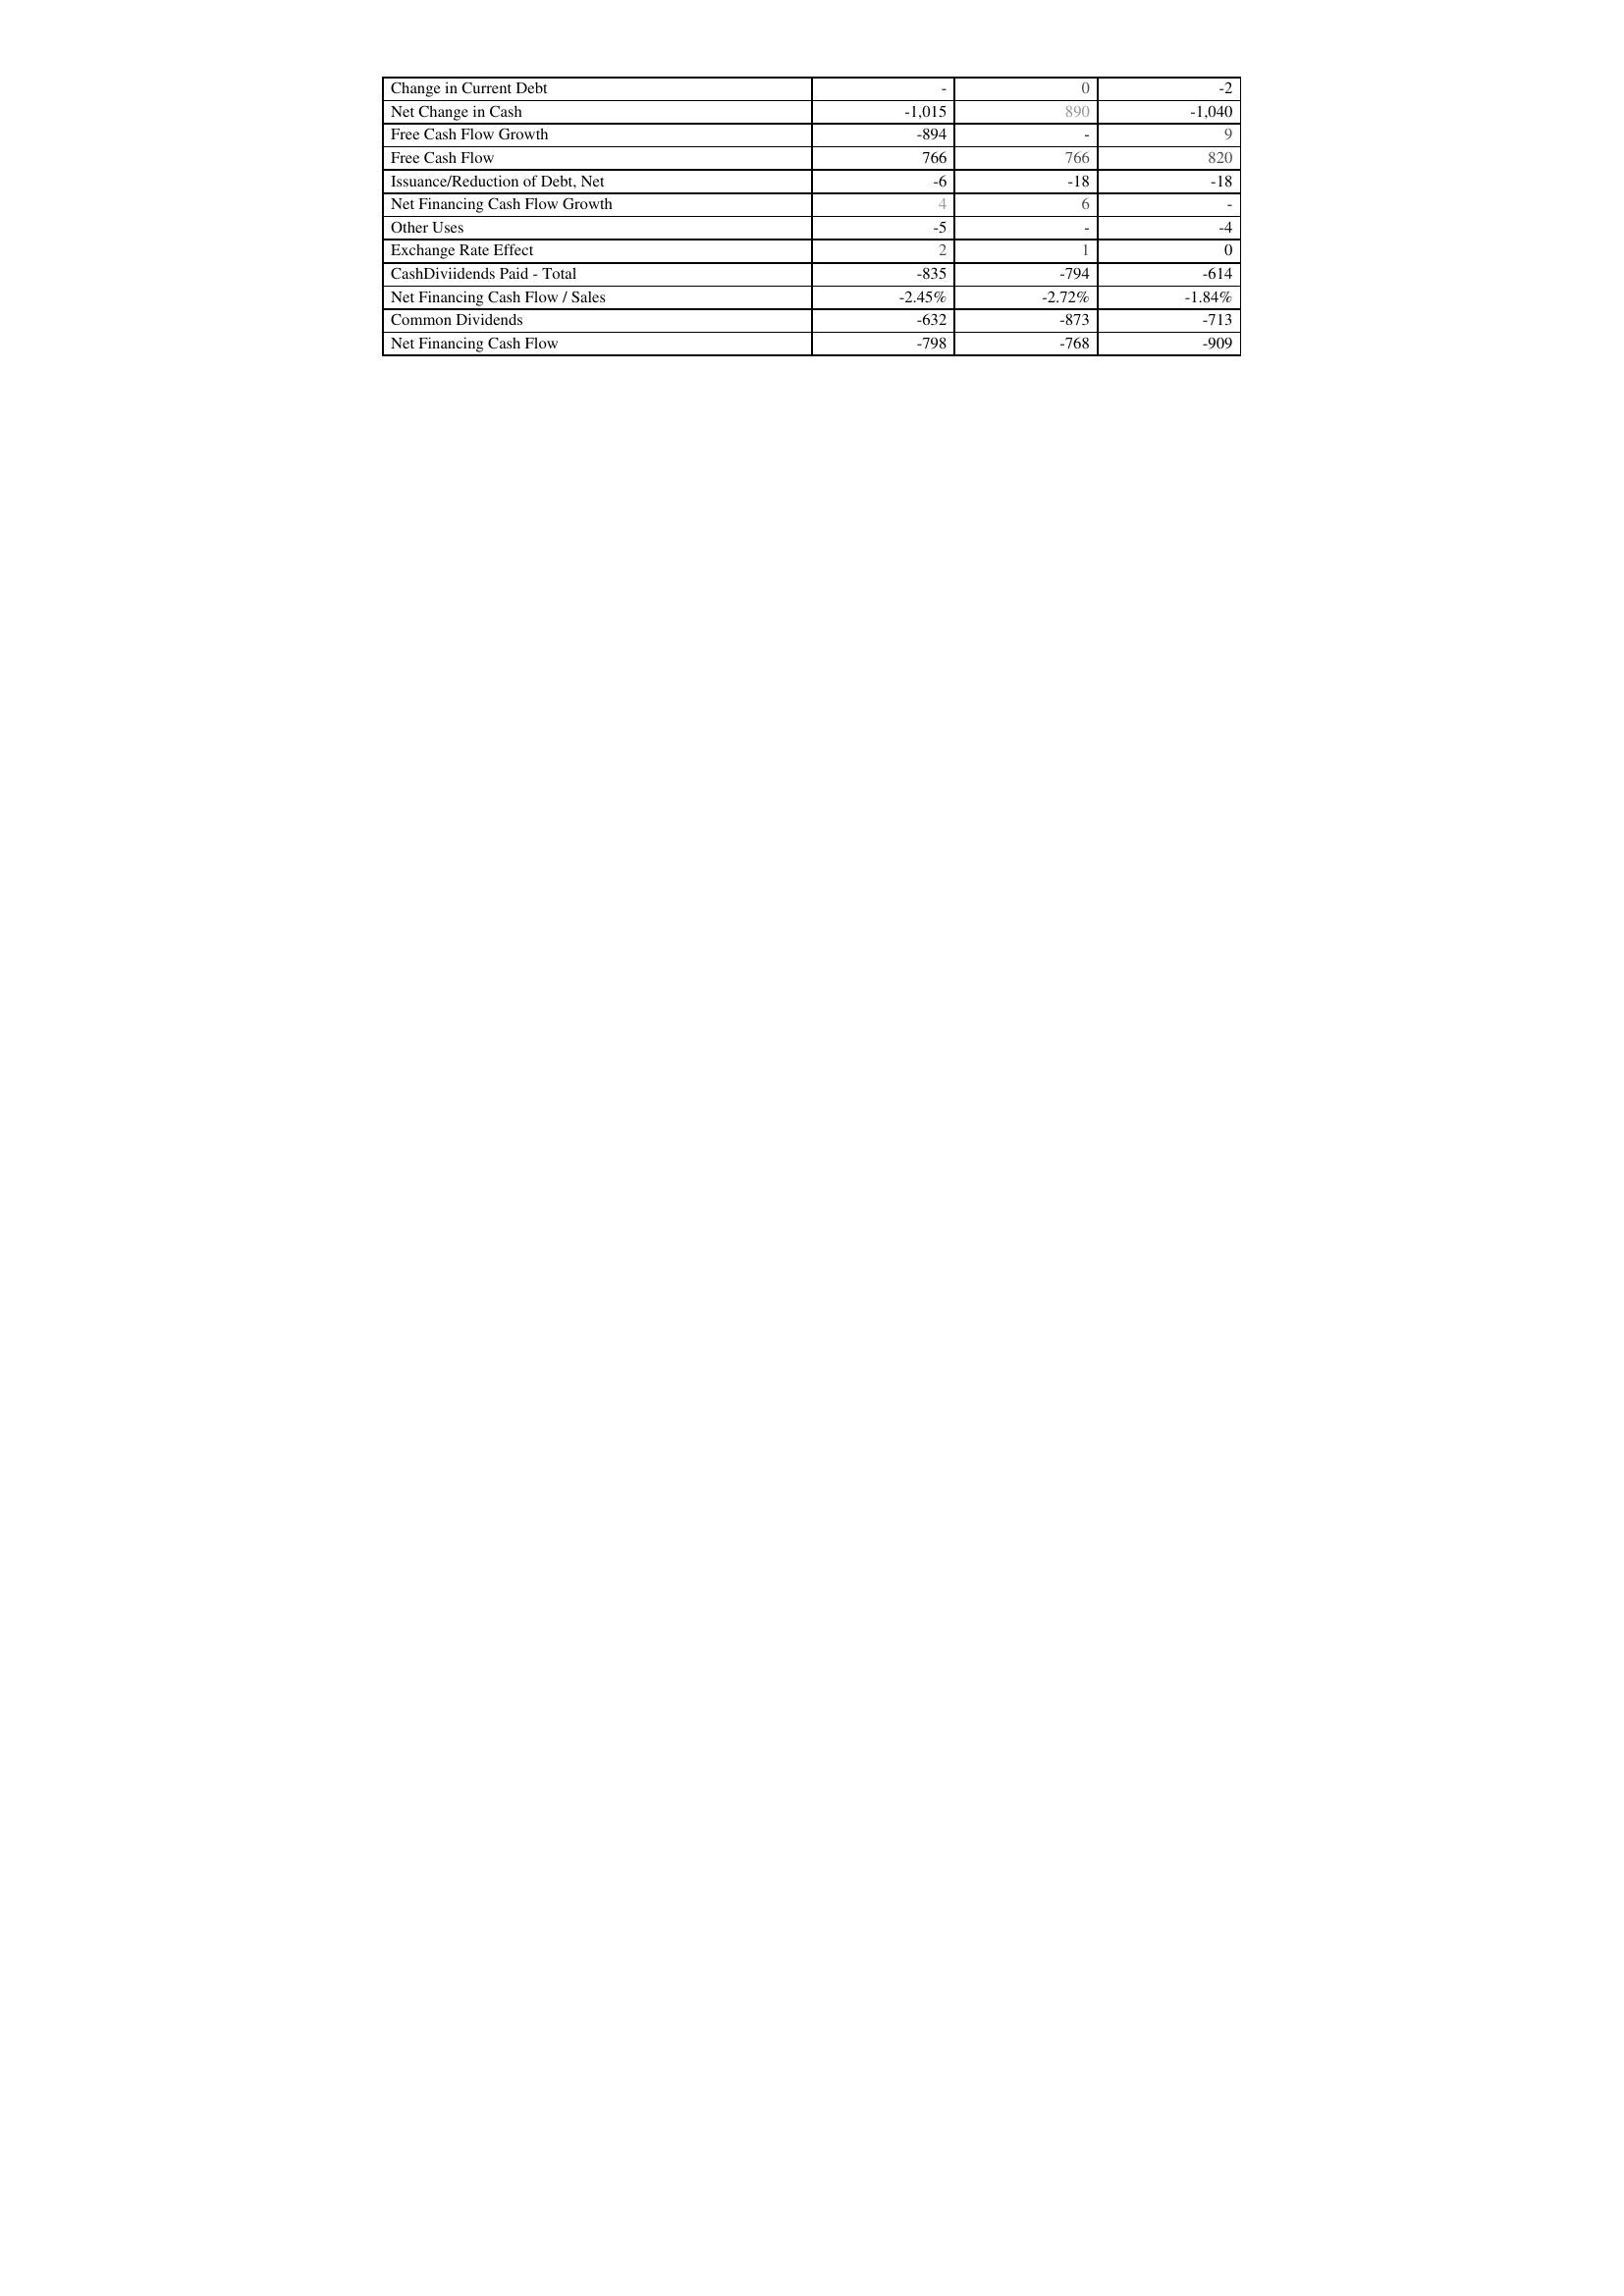
2016: Financing Activities: Change in Current Debt: -
Net Change in Cash: -1,015
Free Cash Flow Growth: -894
Free Cash Flow: 766
Issuance/Reduction of Debt, Net: -6
Net Financing Cash Flow Growth: 4
Other Uses: -5
Exchange Rate Effect: 2
CashDiviidends Paid - Total: -835
Net Financing Cash Flow / Sales: -2.45%
Common Dividends: -632
Net Financing Cash Flow: -798
2015: Financing Activities: Change in Current Debt: 0
Net Change in Cash: 890
Free Cash Flow Growth: -
Free Cash Flow: 766
Issuance/Reduction of Debt, Net: -18
Net Financing Cash Flow Growth: 6
Other Uses: -
Exchange Rate Effect: 1
CashDiviidends Paid - Total: -794
Net Financing Cash Flow / Sales: -2.72%
Common Dividends: -873
Net Financing Cash Flow: -768
2014: Financing Activities: Change in Current Debt: -2
Net Change in Cash: -1,040
Free Cash Flow Growth: 9
Free Cash Flow: 820
Issuance/Reduction of Debt, Net: -18
Net Financing Cash Flow Growth: -
Other Uses: -4
Exchange Rate Effect: 0
CashDiviidends Paid - Total: -614
Net Financing Cash Flow / Sales: -1.84%
Common Dividends: -713
Net Financing Cash Flow: -909